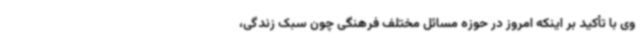
وی با تأکید بر اینکه امروز در حوزه مسائل مختلف فرهنگی چون سبک زندگی،